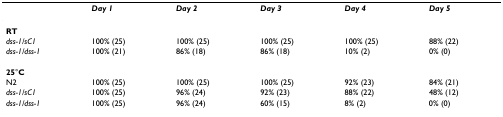
<table><thead><tr><td></td><td><b><i>Day 1</i></b></td><td><b><i>Day 2</i></b></td><td><b><i>Day 3</i></b></td><td><b><i>Day 4</i></b></td><td><b><i>Day 5</i></b></td></tr></thead><tbody><tr><td><b>RT</b></td><td></td><td></td><td></td><td></td><td></td></tr><tr><td><i>dss-1/sC1</i></td><td>100% (25)</td><td>100% (25)</td><td>100% (25)</td><td>100% (25)</td><td>88% (22)</td></tr><tr><td><i>dss-1/dss-1</i></td><td>100% (21)</td><td>86% (18)</td><td>86% (18)</td><td>10% (2)</td><td>0% (0)</td></tr><tr><td><b>25</b>°<b>C</b></td><td></td><td></td><td></td><td></td><td></td></tr><tr><td>N2</td><td>100% (25)</td><td>100% (25)</td><td>100% (25)</td><td>92% (23)</td><td>84% (21)</td></tr><tr><td><i>dss-1/sC1</i></td><td>100% (25)</td><td>96% (24)</td><td>92% (23)</td><td>88% (22)</td><td>48% (12)</td></tr><tr><td><i>dss-1/dss-1</i></td><td>100% (25)</td><td>96% (24)</td><td>60% (15)</td><td>8% (2)</td><td>0% (0)</td></tr></tbody></table>